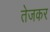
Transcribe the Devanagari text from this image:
तेजकर